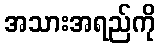
အသားအရည်ကို